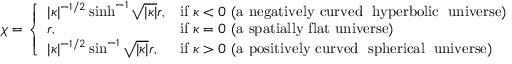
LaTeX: \chi = { \left\{ \begin{array} { l l } { | \kappa | ^ { - 1 / 2 } \sinh ^ { - 1 } { \sqrt { | \kappa | } } r , } & { { \mathrm { i f ~ } } \kappa < 0 \ { \mathrm { ( a ~ n e g a t i v e l y ~ c u r v e d ~ � h y p e r b o l i c � ~ u n i v e r s e ) } } } \\ { r , } & { { \mathrm { i f ~ } } \kappa = 0 \ { \mathrm { ( a ~ s p a t i a l l y ~ f l a t ~ u n i v e r s e ) } } } \\ { | \kappa | ^ { - 1 / 2 } \sin ^ { - 1 } { \sqrt { | \kappa | } } r , } & { { \mathrm { i f ~ } } \kappa > 0 \ { \mathrm { ( a ~ p o s i t i v e l y ~ c u r v e d ~ � s p h e r i c a l � ~ u n i v e r s e ) } } } \end{array} \right. }